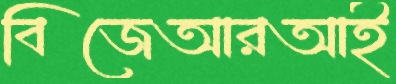
বিজেআরআই